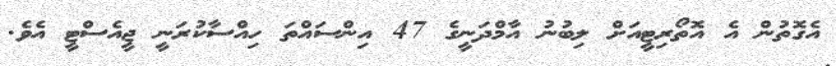
އެގޮތުން އެ އޮތޯރިޓީއަށް ލިބުނު އާމްދަނީގެ 47 އިންސައްތަ ހިއްސާކުރަނީ ޖީއެސްޓީ އެވެ.